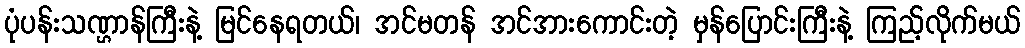
ပုံပန်းသဏ္ဌာန်ကြီးနဲ့ မြင်နေရတယ်၊ အင်မတန် အင်အားကောင်းတဲ့ မှန်ပြောင်းကြီးနဲ့ ကြည့်လိုက်မယ်